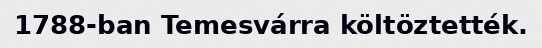
1788-ban Temesvárra költöztették.